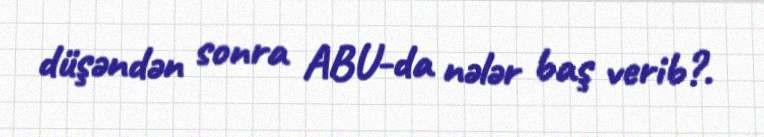
düşəndən sonra ABU-da nələr baş verib?.